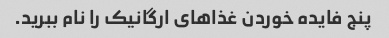
پنج فایده خوردن غذاهای ارگانیک را نام ببرید.